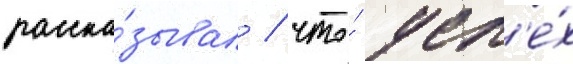
расска́зывал / что́ усп'е́х